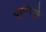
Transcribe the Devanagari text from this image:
भूरचनेमुळे